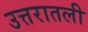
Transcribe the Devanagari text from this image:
उत्तरातली